Annual report on the working of the Harcourt Butler Institute of Public Health, Rangoon
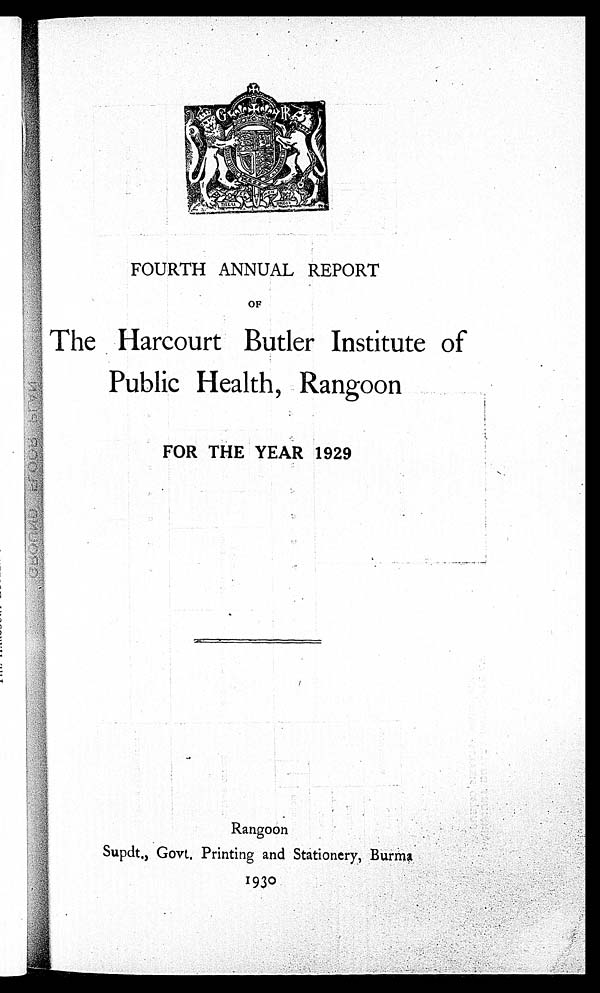
FOURTH ANNUAL REPORT
OF
The Harcourt Butler Institute of
•
Public Health, Rangoon
•
FOR THE YEAR 1929
Rangoon
Supdt., Govt. Printing and Stationery, Burma
1930